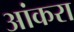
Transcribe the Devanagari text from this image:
आंकरा